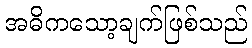
အဓိကသော့ချက်ဖြစ်သည်